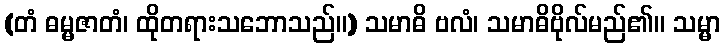
(တံ ဓမ္မဇာတံ၊ ထိုတရားသဘောသည်။) သမာဓိ ဗလံ၊ သမာဓိဗိုလ်မည်၏။ သမ္မာ